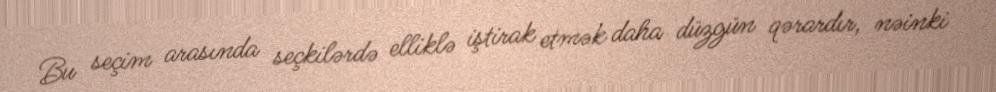
Bu seçim arasında seçkilərdə elliklə iştirak etmək daha düzgün qərardır, nəinki